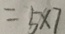
= 5 \times 7